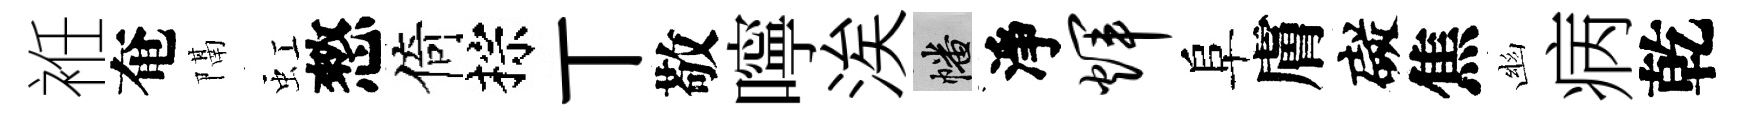
袵奄隔虹憗倚棕丅敬嚀涘幡淨辉阜膚礙焦幽病乾